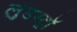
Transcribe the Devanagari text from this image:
लुंडस्ट्राॅ